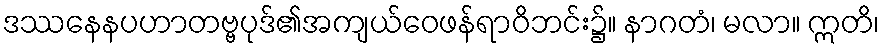
ဒဿနေနပဟာတဗ္ဗပုဒ်၏အကျယ်ဝေဖန်ရာဝိဘင်း၌။ နာဂတံ၊ မလာ။ ဣတိ၊